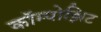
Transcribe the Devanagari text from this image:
कॉम्पोझिट